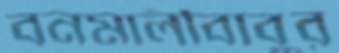
বনমালীবাবুর